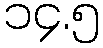
၁၄.၅